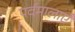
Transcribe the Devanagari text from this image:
पर्वमालाएँ